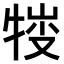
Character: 𤚈